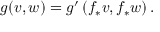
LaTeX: g ( v , w ) = g ^ { \prime } \left( f _ { * } v , f _ { * } w \right) .